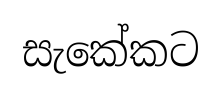
සැකේකට